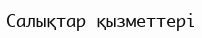
Салықтар қызметтері